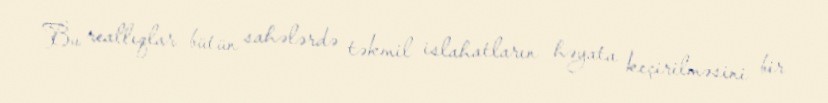
Bu reallıqlar bütün sahələrdə təkmil islahatların həyata keçirilməsini bir